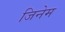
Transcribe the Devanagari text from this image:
जिनेम